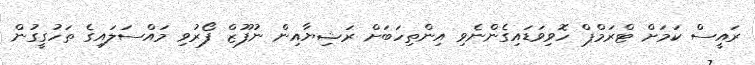
ރައީސް ކަމަށް ޓްރަމްޕް ހޮވިވަޑައިގެންނެވި އިންތިހަބަށް ރަޝިޔާއިން ނުފޫޒް ފޯރުވި މައްސަލައިގެ ތަހުގީގުން